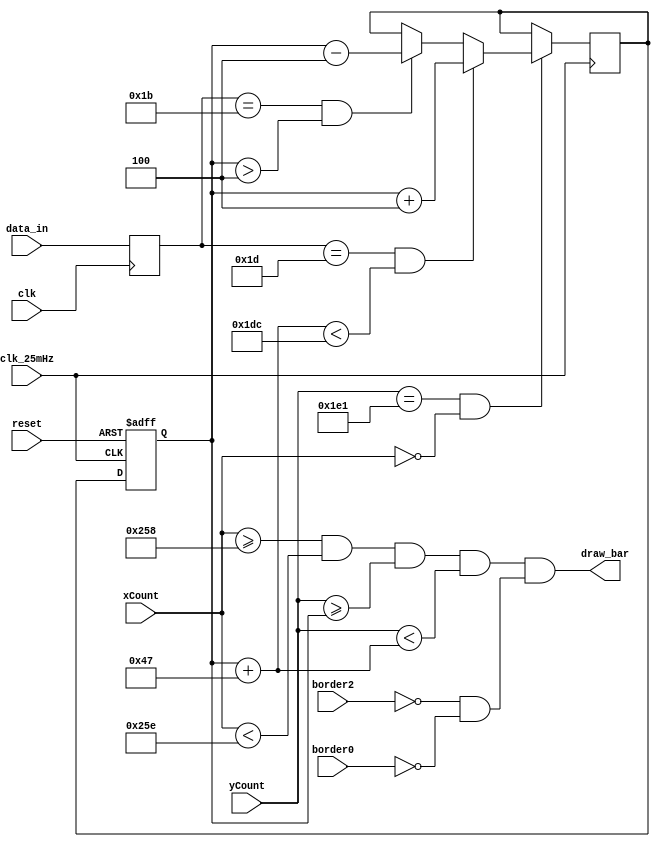
`timescale 1ns / 1ps
//////////////////////////////////////////////////////////////////////////////////
// Company: 
// Engineer: 
// 
// Design Name: 
// Module Name:    BarMovement 
// Project Name: 
// Target Devices: 
// Tool versions: 
// Description: 
//
// Dependencies: 
//
// Revision: 
// Revision 0.01 - File Created
// Additional Comments: 
//
//////////////////////////////////////////////////////////////////////////////////
module BarMovement( 
	input wire clk,
	input wire clk_25mHz,
	input wire reset,
	input wire border0,	//wall
	input wire border2,	// ball
	input wire [9:0] xCount,
	input wire [9:0] yCount,
	input wire [7:0] data_in, // scan code
	output draw_bar
    );
	 
	 reg [7:0] data_out;
	
	always@ (posedge clk) begin
		data_out[7:0] = data_in[7:0];
	end
	
	//////////////////////////////////////////////////////////////
	
	//////////////////////////////////////////////////////////////
	
	integer V_Display = 480; // setting limits for the bottom of the screen 

	//border1 <= ((xCount >= 600) && (xCount < 606) && (yCount >= 204) && (yCount < 276)) &&(~border2 && ~border0); //bar
	integer leftside = 600; // piece's left side
	integer rightside = 606; // piece's right side
	wire [9:0] top; // piece's top barrier
	wire [9:0] bottom; // piece's bottom barrier
	wire border1; // determines if the piece is displayed
	wire redraw_animation; // if the screen has refreshed
	
	
	reg [9:0] currentstate;	//
	reg [9:0] nextstate;	//
	
	
	integer size = 71; // declaring a size for the bar in vertical direction so we maintain same size when we move up or down

	
	integer velocity = 4; // piece's movement speed in the vertical direction 
	
	
	always@ (posedge clk_25mHz, posedge reset) begin
		if (reset) begin
			//projectile_Cstate <= 1'b0;
			currentstate <= 1'b0;
		end
		
		else begin
			//projectile_Cstate <= projectile_Nstate;
			currentstate <= nextstate;
		end
	end
	
	assign top = currentstate; // setting top barrier
	assign bottom = top + size; // setting bottom barrier
	
	assign redraw_animation = (yCount == 481) && (xCount == 0); //&& (pixelY == 0) && (pixelX == 641);
	assign border1 = ((xCount >= leftside) && (xCount < rightside) && (yCount >= top) && (yCount < bottom)) &&(~border2 && ~border0); //draw the border only within these constraints
		
	always@ (posedge clk_25mHz) begin
			//nextstate = currentstate;
			
			if (redraw_animation) begin
				if ((data_out == 8'b00011101) & (bottom < (V_Display - velocity))) begin //|| (controller[1]
					nextstate <= currentstate + velocity;
				end
				
				else if ((data_out == 8'b00011011) & (top > velocity)) begin //|| (controller[0]
					nextstate <= currentstate - velocity;
				end
			end
	end
	
		assign draw_bar = border1;
	
endmodule